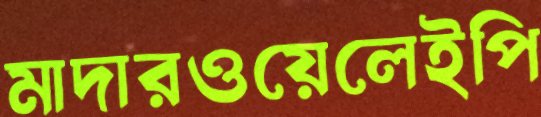
মাদারওয়েলেইপি